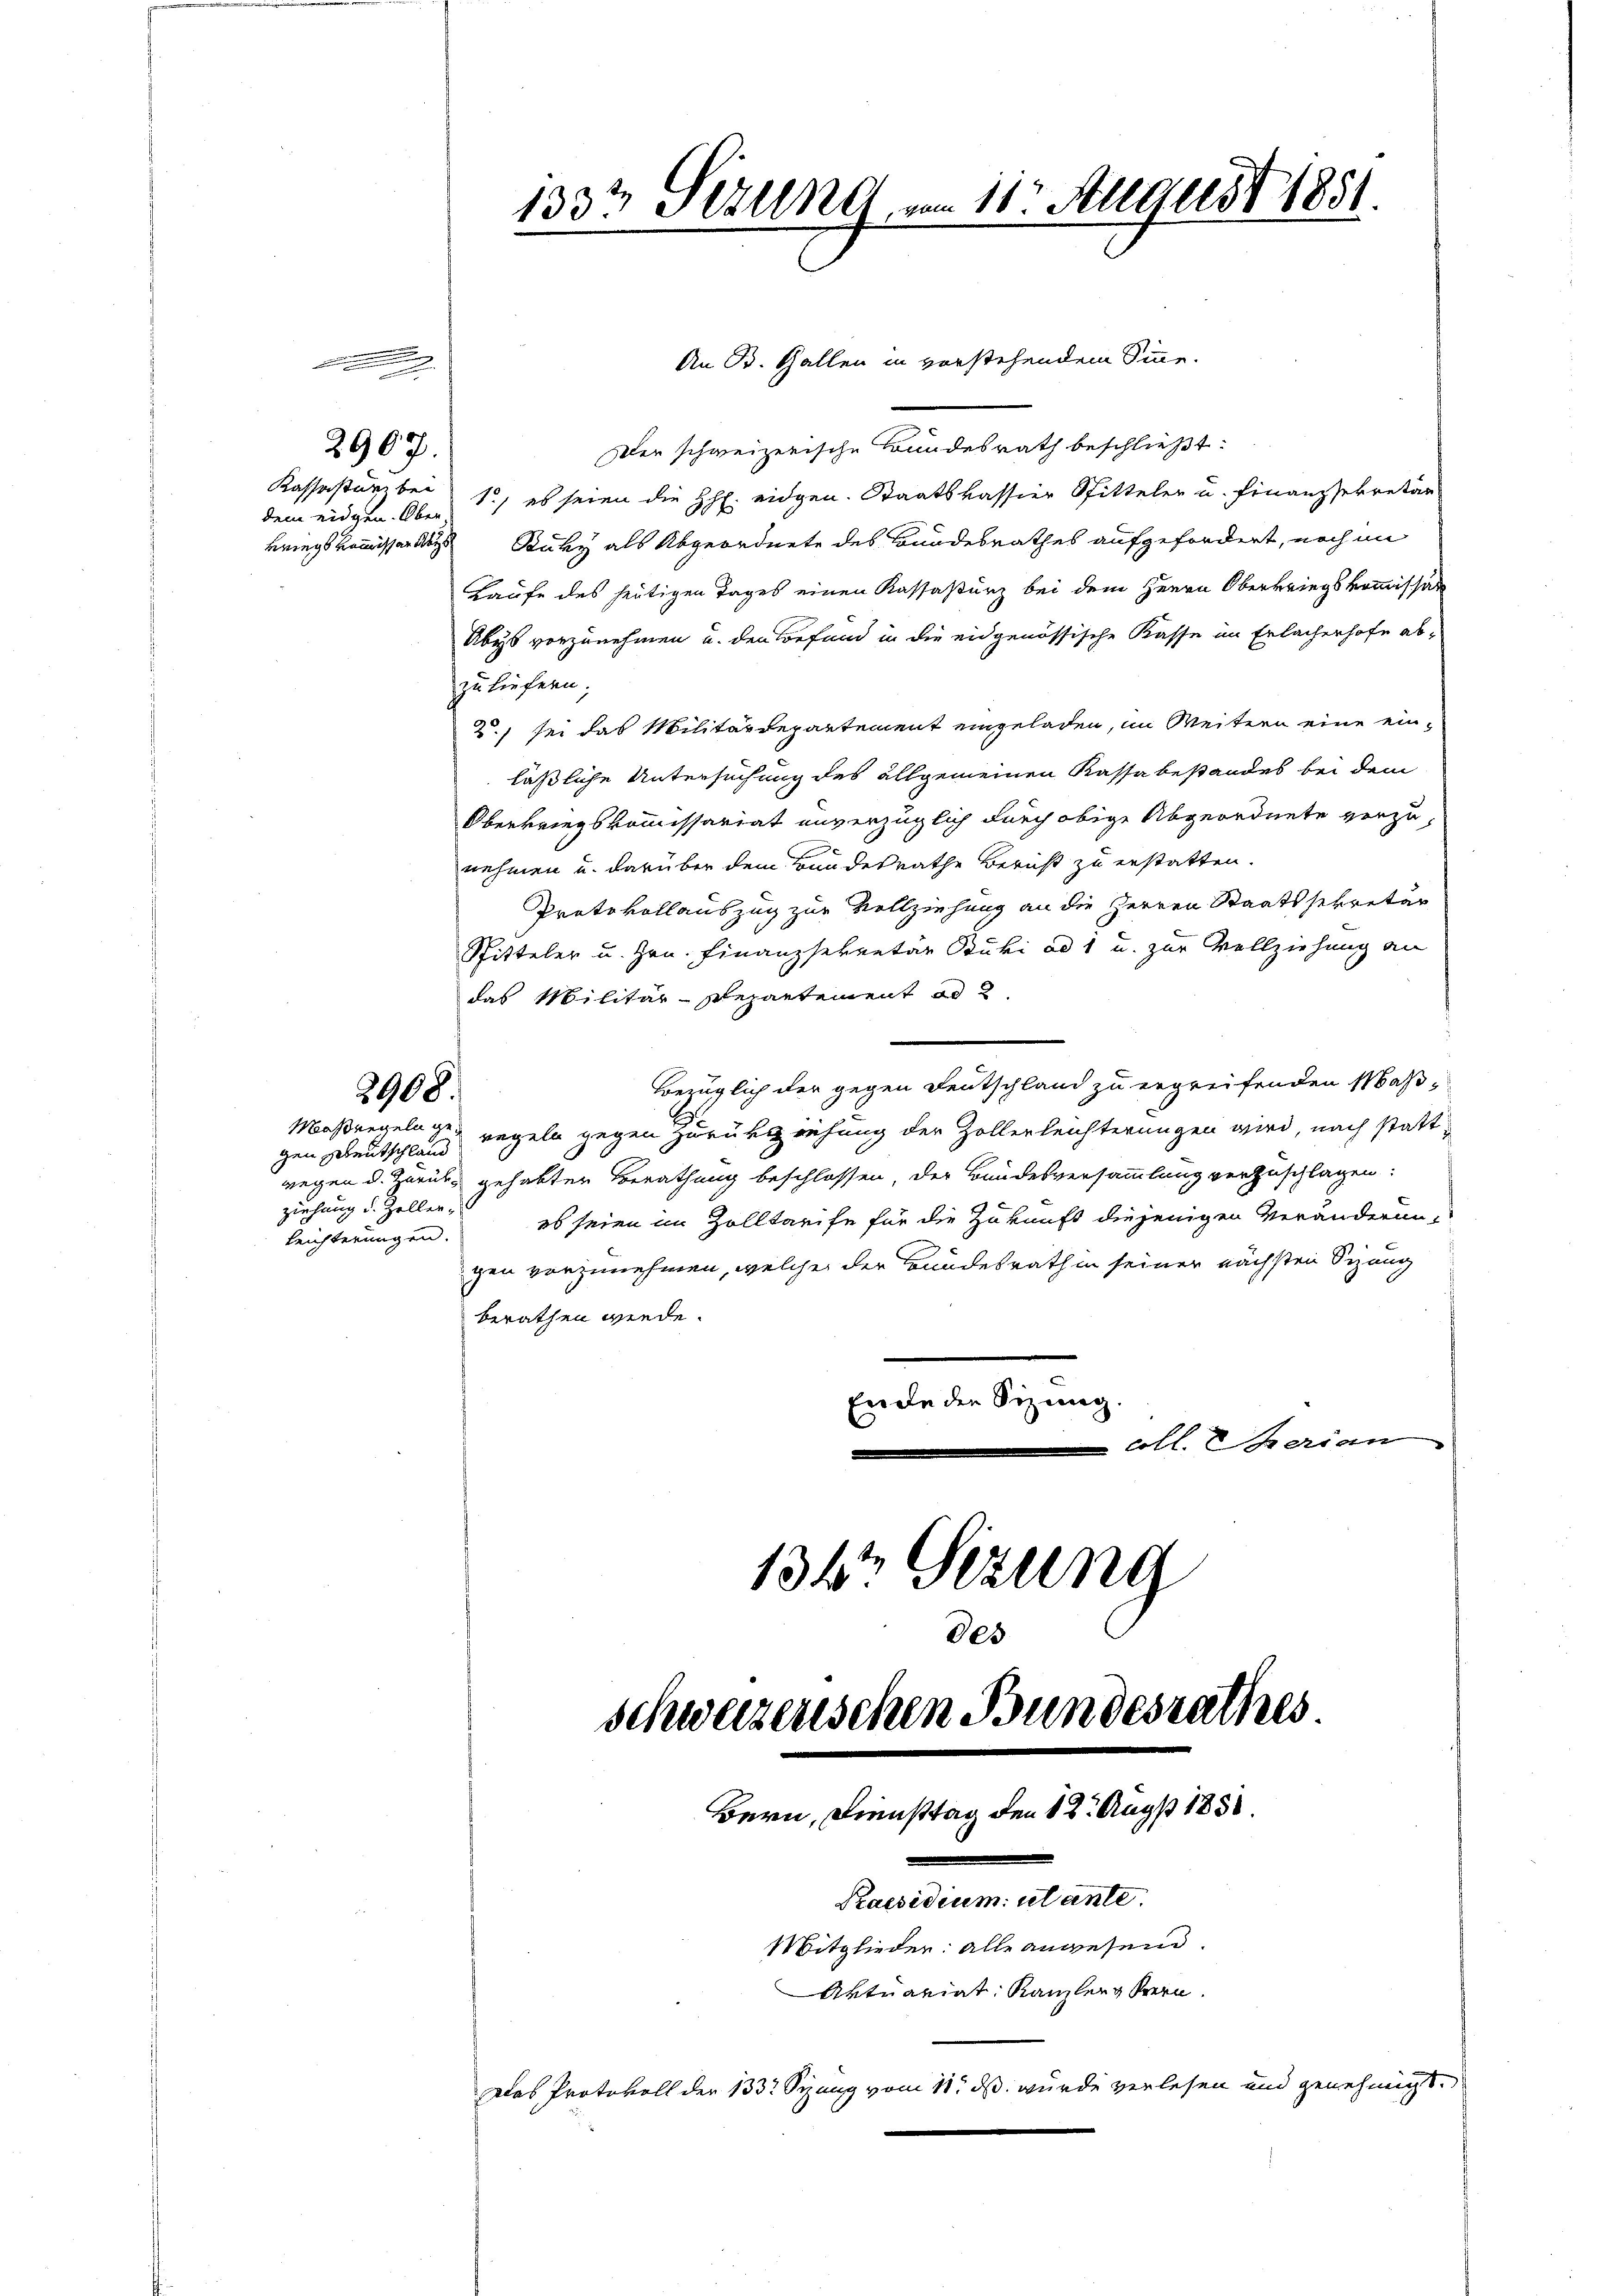
n

dem eidgen. Ober-

2907.

1333 Fezung vom 11. August 1851.

An B. Gallen in vorstehendem Sinne.
Der schweizerische Bundesrath beschließt:
Kassastanz bei 10, es seien die HH. eidgen. Staatskassier Sitteler u. Finanzsekretär
kriegskommissor der Stuky als Abgeordnete des Bundesrathes aufgefordert, noch im
Laufe des heutigen Tages einen Kassasturz bei dem Herrn Oberkriegskommissär
Abys vorzunehmen u. den Befund in die eidgenössische Kasse im Erlacherhofe abzuliefern;
2) sei das Militärdepartement eingeladen, im Weitern eine einläßliche Untersuchung des allgemeinen Kassa bestandes bei dem
Oberkriegskommissariat unverzüglich durch obige Abgeordnete vorzunehmen u. darüber dem Bundesrathe Bericht zu erstatten.
Protokollauszug zur Vollziehung an die Herren Staatssekretär
Spitteler u. Hrn. Finanzsekretär Stucki ad 1 u. zur Vollziehung an
das Militär-Separtement ad 2.
Bezüglich der gegen Deutschland zu ergreifenden Maß¬
3908.
Maßregeln gegen gedeutschland regeln gegen Zurückziehung der Zollerleichterungen wird, nach stattwegen d. Zurück gehabten Berathung beschlossen der Bundesversammlung vorzuschlagen:
ziehung d. Zeller,
es seien im Zolltarife für die Zukunft diejenigen Veränderun¬
Leichterungen.
gen vorzunehmen, welche der Bundesrath in seiner nächsten Sizung
berathen werde.
Ende den Sizung.
coll. Serian
1347 sezung

Schweizerischen Bundesrathes
Bern, Diensttag den 12. Aug 1858.
Praesidium utante.
Mitglieder: alle anwesend.
Aktuariat Kanzler Stern.
Das Protokoll der 133t Seung vom 18. ds. wurde verlesen und genehmigt.

Des